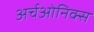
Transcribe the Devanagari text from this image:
अर्चओनिक्स